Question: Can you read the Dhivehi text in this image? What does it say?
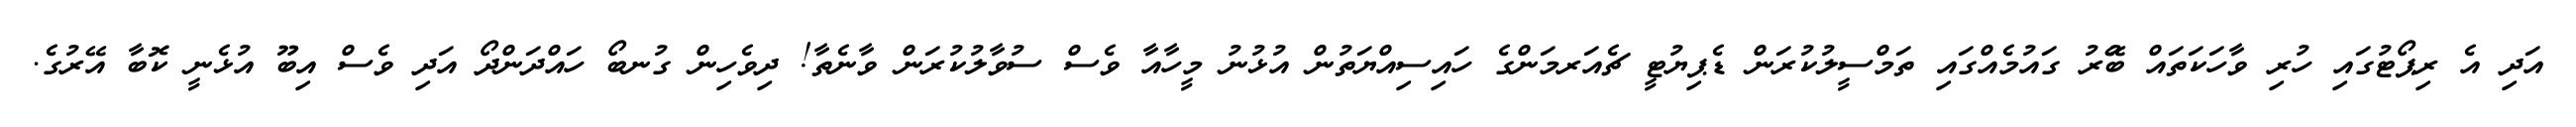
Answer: އަދި އެ ރިޕޯޓުގައި ހުރި ވާހަކަތައް ބޭުރު ގައުމެއްގައި ތަމްސީލުކުރަން ޑެޕިޔުޓީ ޗެއަރމަންގެ ހައިސިއްޔަތުން އުޅުނު މީހާއާ ވެސް ސުވާލުކުރަން ވާނެތާ! ދިވެހިން ގުނބޯ ހައްދަންދޯ އަދި ވެސް އިބޫ އުޅެނީ ކޮބާ އޭރުގެ.